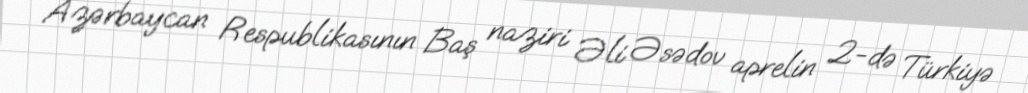
Azərbaycan Respublikasının Baş naziri Əli Əsədov aprelin 2-də Türkiyə